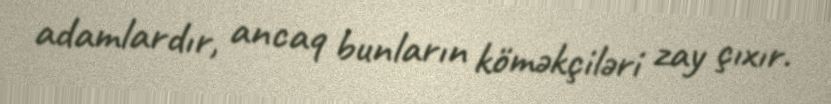
adamlardır, ancaq bunların köməkçiləri zay çıxır.